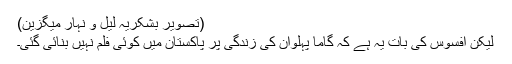
(تصویر بشکریہ لیل و نہار میگزین)
لیکن افسوس کی بات یہ ہے کہ گاما پہلوان کی زندگی پر پاکستان میں کوئی فلم نہیں بنائی گئی۔